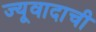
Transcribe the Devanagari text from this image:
ज्यूवादाची